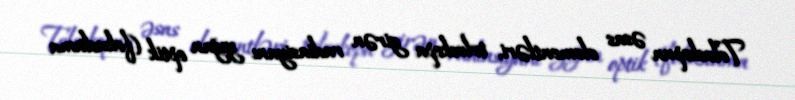
Teleskopun əsas elementləri, teleskopa girən radiasiyanı yığan optik (fokuslama